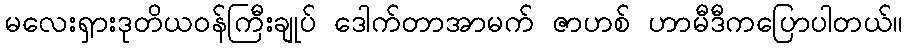
မလေးရှားဒုတိယဝန်ကြီးချုပ် ဒေါက်တာအာမက် ဇာဟစ် ဟာမီဒီကပြောပါတယ်။